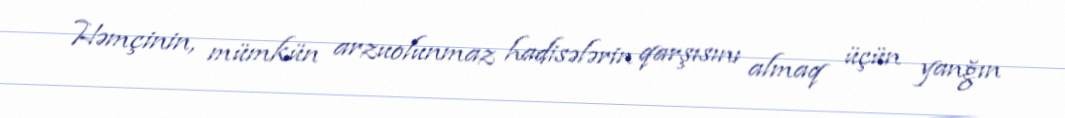
Həmçinin, mümkün arzuolunmaz hadisələrin qarşısını almaq üçün yanğın